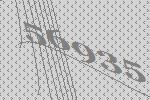
56935